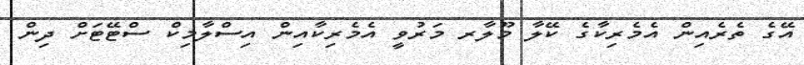
އޭގެ ތެރެއިން އެމެރިކާގެ ކޭލާ މޫލާރ މަރުވީ އެމެރިކާއިން އިސްލާމިކް ސްޓޭޓަށް ދިން